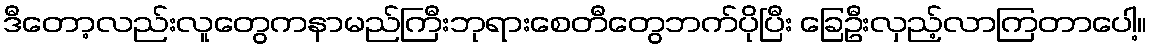
ဒီတော့လည်းလူတွေကနာမည်ကြီးဘုရားစေတီတွေဘက်ပိုပြီး ခြေဦးလှည့်လာကြတာပေါ့။